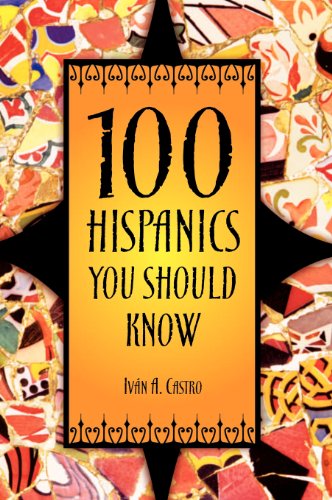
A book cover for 100 Hispanics You Should Know; Ivan A. Castro; Teen & Young Adult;